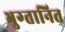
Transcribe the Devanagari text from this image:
भुग्तानित